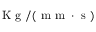
\mathrm { ~ K ~ g ~ } / ( \mathrm { ~ m ~ m ~ } \cdot \mathrm { ~ s ~ } )